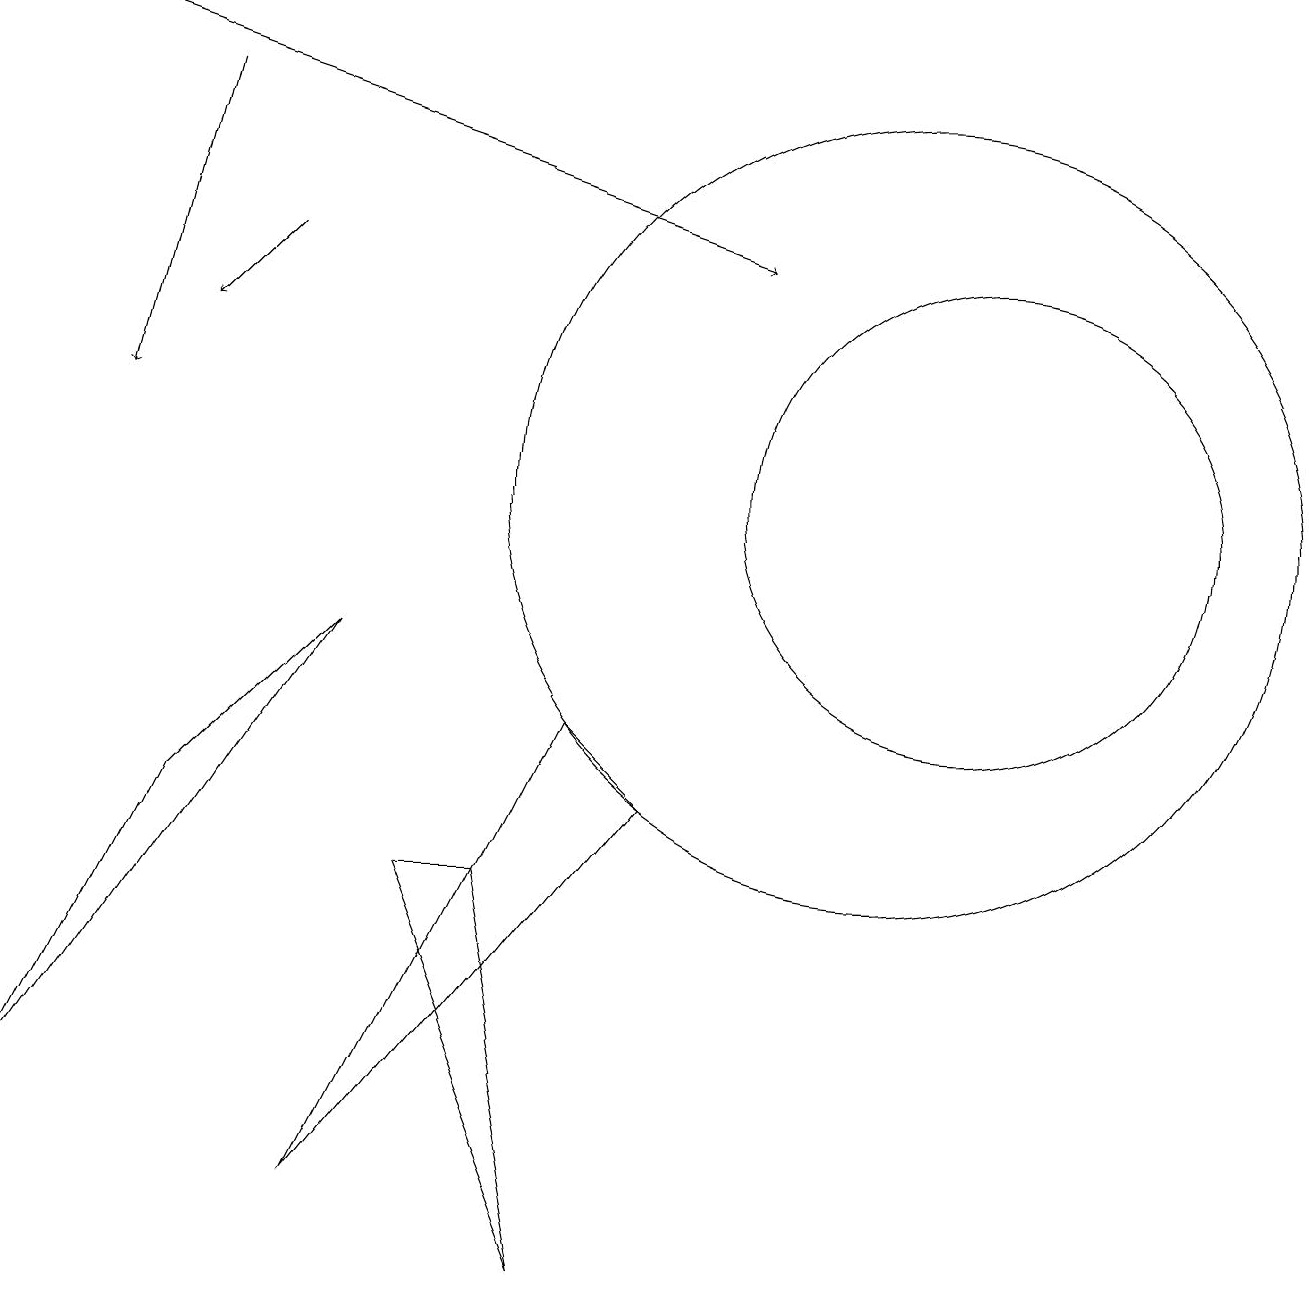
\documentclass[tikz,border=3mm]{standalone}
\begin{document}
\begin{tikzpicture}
\draw[->] (3,14) -- (2,13);
\draw (8,7) -- (4,2) -- (7,8) -- cycle;
\draw (4,9) -- (0,3) -- (2,7) -- cycle;
\draw (7,1) -- (6,6) -- (5,6) -- cycle;
\draw[->] (2,16) -- (1,12);
\draw (12,11) circle (3);
\draw[->] (0,17) -- (9,14);
\draw (11,11) circle (5);
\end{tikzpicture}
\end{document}